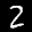
Label: 2